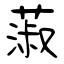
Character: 蔋